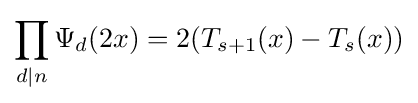
\prod _{d\mid n}\Psi _{d}(2x)=2(T_{s+1}(x)-T_{s}(x))